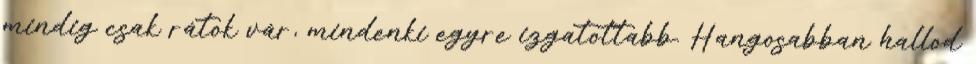
mindig csak rátok vár, mindenki egyre izgatottabb. Hangosabban hallod